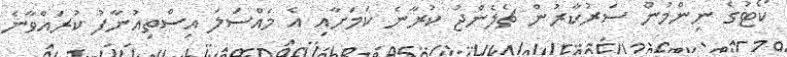
ކޯޓުގެ ނިންމުން ސަރުކާރުން ޗެލެންޖު ކުރާނެ ކަމަށާއި އެ މައްސަލަ އިސްތިއުނާފު ކުރައްވާނެ